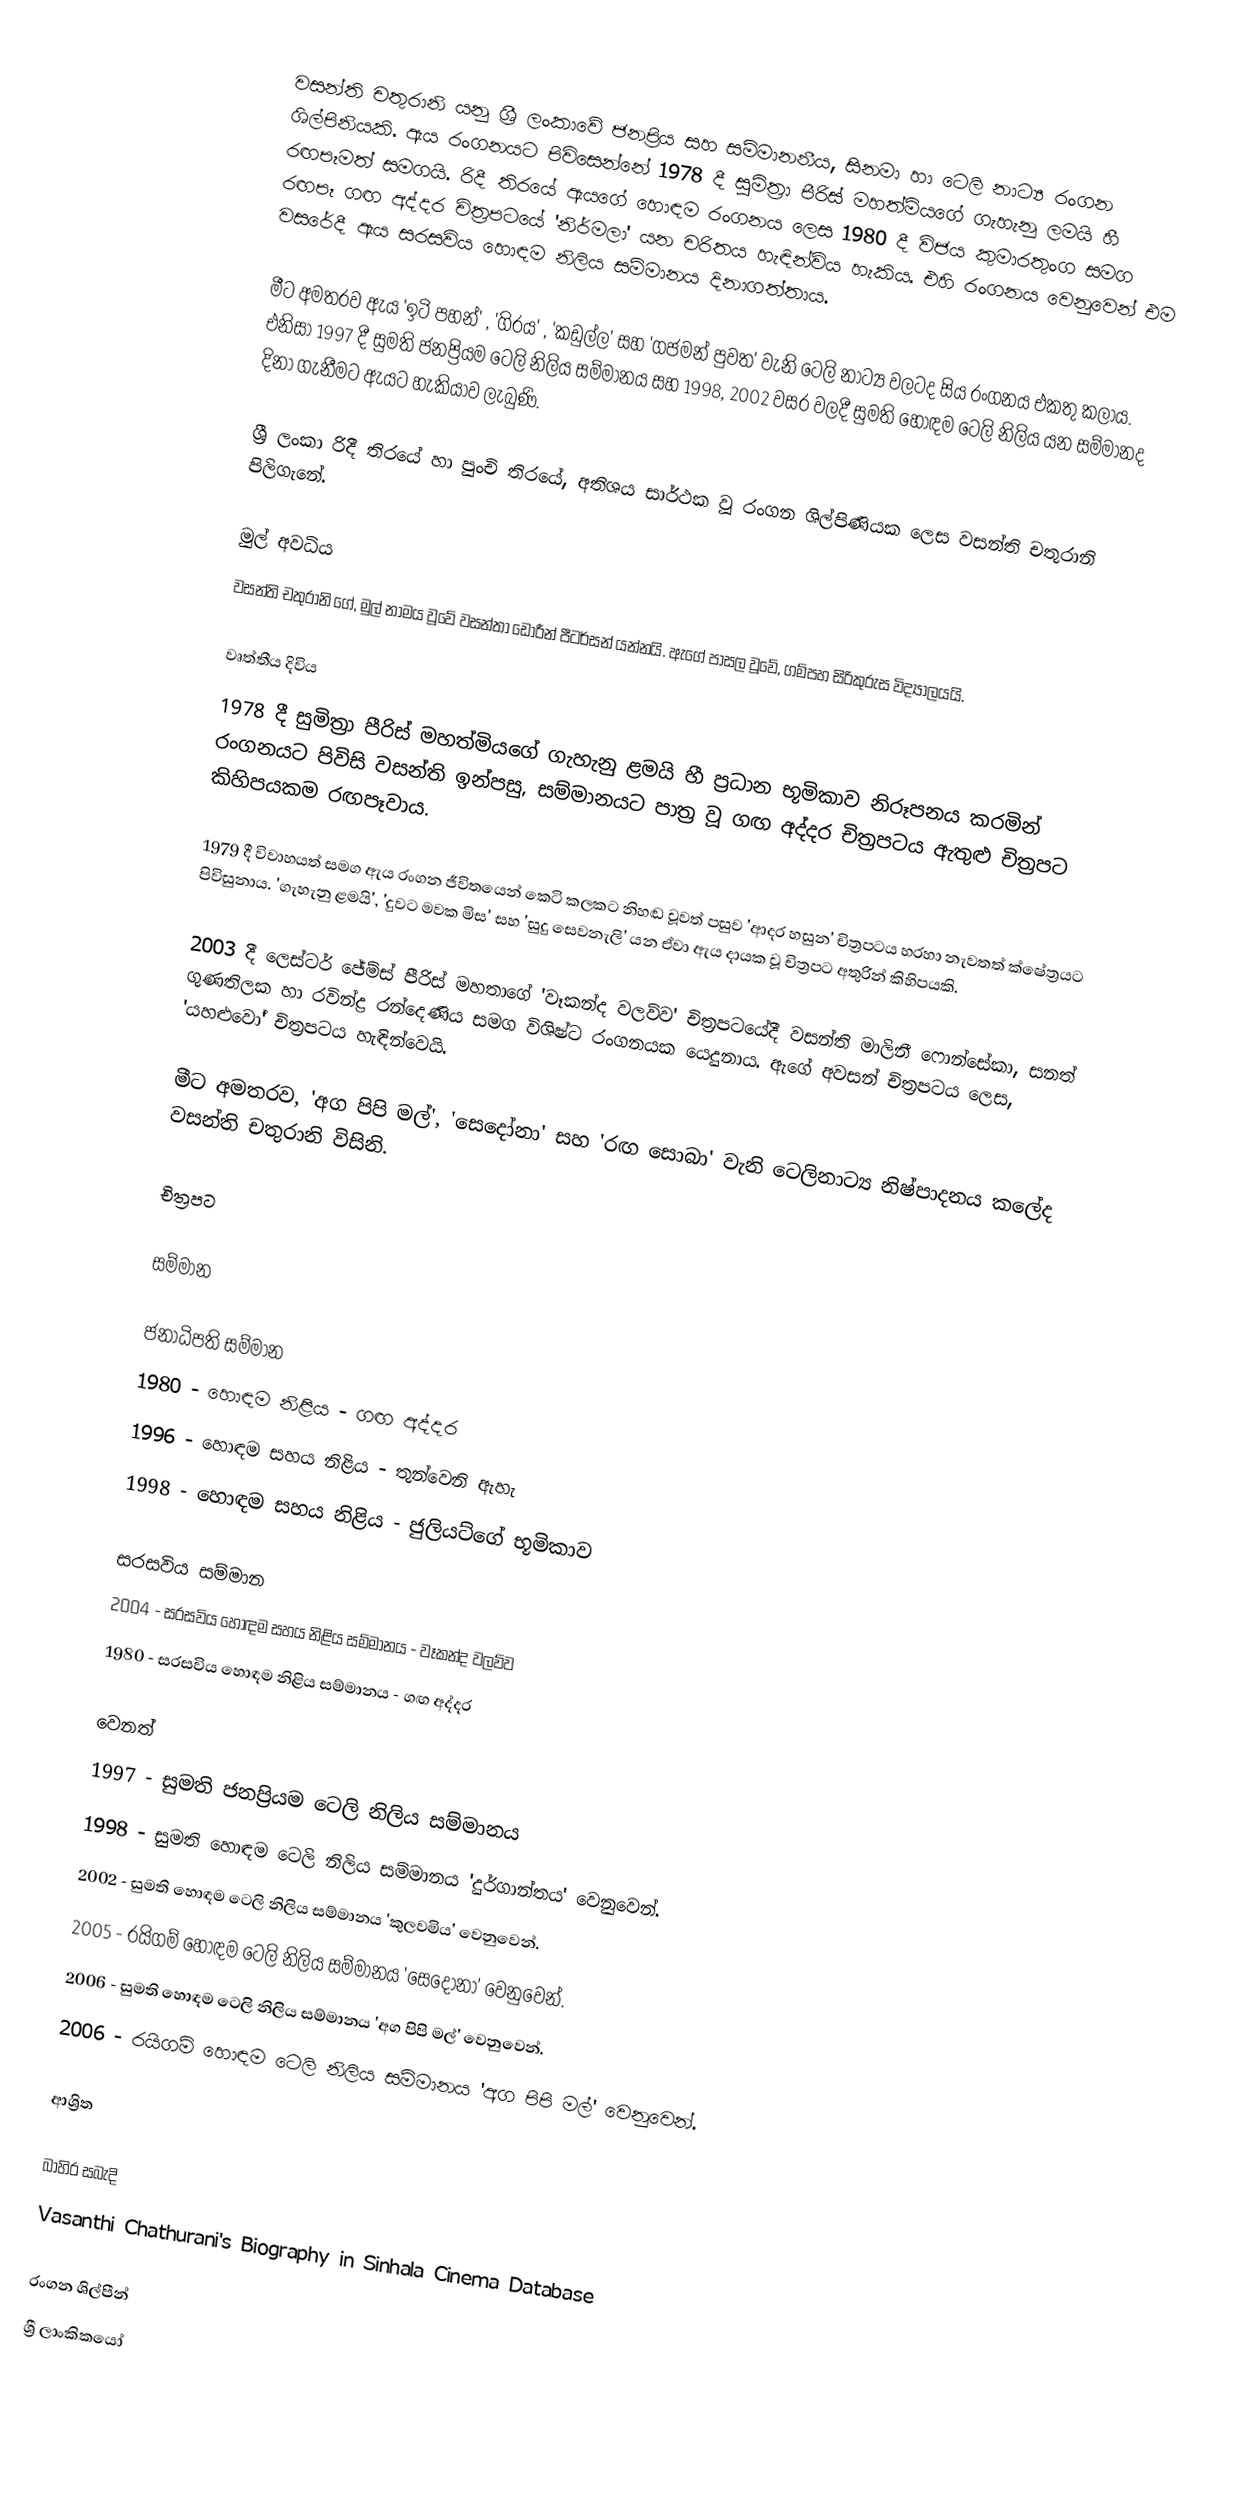
වසන්ති චතුරානි යනු ශ්‍රී ලංකාවේ ජනප්‍රිය සහ සම්මානනීය, සිනමා හා ටෙලි නාට්‍ය රංගන ශිල්පිනියකි. ඇය රංගනයට පිවිසෙන්නේ 1978 දී සුමිත්‍රා පීරිස් මහත්මියගේ ගැහැනු ලමයි හී රඟපෑමත් සමගයි. රිදී තිරයේ ඇයගේ හොඳම රංගනය ලෙස 1980 දී විජය කුමාරතුංග සමග රඟපෑ ගඟ අද්දර චිත්‍රපටයේ 'නිර්මලා' යන චරිතය හැඳින්විය හැකිය. එහි රංගනය වෙනුවෙන් එම වසරේදී ඇය සරසවිය හොඳම නිලිය සම්මානය දිනාගත්තාය.

මීට අමතරව ඇය  'ඉටි පහන්' ,  'ගිරය' ,  'කඩුල්ල'  සහ  'ගජමන් පුවත'  වැනි ටෙලි නාට්‍ය වලටද සිය රංගනය එකතු කලාය. එනිසා 1997 දී සුමති ජනප්‍රියම ටෙලි නිලිය සම්මානය සහ 1998, 2002 වසර වලදී සුමති හොඳම ටෙලි නිලිය යන සම්මානද දිනා ගැනීමට ඇයට හැකියාව ලැබුණි.

ශ්‍රී ලංකා රිදී තිරයේ හා පුංචි තිරයේ, අතිශය සාර්ථක වූ රංගන ශිල්පිණියක ලෙස වසන්ති චතුරානි පිලිගැනේ.

මුල් අවධිය
වසන්ති චතුරානි ගේ, මුල් නාමය වූවේ වසන්තා ඩොරීන් පීටර්සන් යන්නයි. ඇගේ පාසල වූවේ, ගම්පහ සිරිකුරුස විද්‍යාලයයි.

වෘත්තීය දිවිය
1978 දී සුමිත්‍රා පීරිස් මහත්මියගේ ගැහැනු ළමයි හී ප්‍රධාන භූමිකාව නිරූපනය කරමින් රංගනයට පිවිසි වසන්ති ඉන්පසු, සම්මානයට පාත්‍ර වූ ගඟ අද්දර චිත්‍රපටය ඇතුළු චිත්‍රපට කිහිපයකම රඟපෑවාය.

1979 දී විවාහයත් සමග ඇය රංගන ජීවිතයෙන් කෙටි කලකට නිහඬ වූවත් පසුව 'ආදර හසුන' චිත්‍රපටය හරහා නැවතත් ක්ෂේත්‍රයට පිවිසුනාය. 'ගැහැනු ළමයි', 'දුවට මවක මිස' සහ 'සුදු සෙවනැලි' යන ඒවා ඇය දායක වූ චිත්‍රපට අතුරින් කිහිපයකි.

2003 දී ලෙස්ටර් ජේම්ස් පීරිස් මහතාගේ 'වෑකන්ද වලව්ව' චිත්‍රපටයේදී වසන්ති මාලිනී ෆොන්සේකා, සනත් ගුණතිලක හා රවින්ද්‍ර රන්දෙණිය සමග විශිෂ්ට රංගනයක යෙදුනාය. ඇගේ අවසන් චිත්‍රපටය ලෙස, 'යහළුවෝ' චිත්‍රපටය හැඳින්වෙයි.

මීට අමතරව,  'අග පිපි මල්', 'සෙදෝනා' සහ 'රඟ සොබා' වැනි ටෙලිනාට්‍ය නිෂ්පාදනය කලේද වසන්ති චතුරානි විසිනි.

චිත්‍රපට

සම්මාන

ජනාධිපති සම්මාන
1980 - හොඳම නිළිය - ගඟ අද්දර
1996 - හොඳම සහය නිළිය - තුන්වෙනි ඇහැ
1998 - හොඳම සහය නිළිය - ජුලියට්ගේ භූමිකාව

සරසවිය සම්මාන
2004 - සරසවිය හොඳම සහය නිළිය සම්මානය  - වෑකන්ද වලව්ව
1980 - සරසවිය හොඳම නිළිය සම්මානය - ගඟ අද්දර

වෙනත්
1997 - සුමති ජනප්‍රියම ටෙලි නිලිය සම්මානය
1998 - සුමති හොඳම ටෙලි නිලිය සම්මානය   'දුර්ගාන්තය' වෙනුවෙන්.
2002 - සුමති හොඳම ටෙලි නිලිය සම්මානය   'කුලවමිය' වෙනුවෙන්.
2005 - රයිගම් හොඳම ටෙලි නිලිය සම්මානය   'සෙදෝනා' වෙනුවෙන්.
2006 - සුමති හොඳම ටෙලි නිලිය සම්මානය  'අග පිපි මල්' වෙනුවෙන්.
2006 - රයිගම් හොඳම ටෙලි නිලිය සම්මානය   'අග පිපි මල්' වෙනුවෙන්.

ආශ්‍රිත

බාහිර සබැදි
Vasanthi Chathurani's Biography in Sinhala Cinema Database

රංගන ශිල්පීන්
ශ්‍රී ලාංකිකයෝ